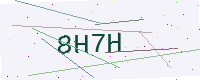
Text: 8H7H